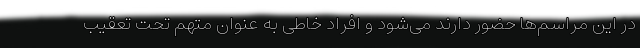
در این مراسم‌ها حضور دارند می‌شود و افراد خاطی به عنوان متهم تحت تعقیب